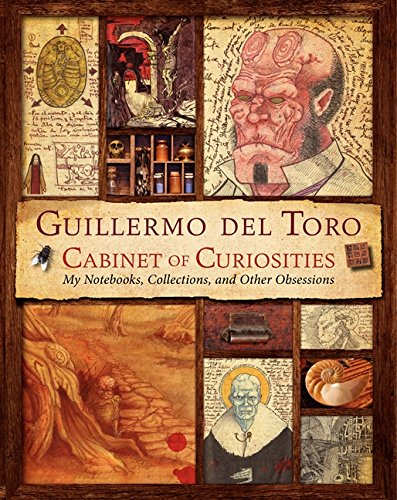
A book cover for Guillermo del Toro Cabinet of Curiosities: My Notebooks, Collections, and Other Obsessions; Guillermo Del Toro; Humor & Entertainment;